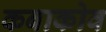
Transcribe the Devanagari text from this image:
कबाकोव